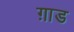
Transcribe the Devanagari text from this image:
ग़ाड